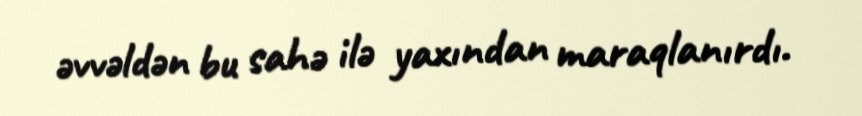
əvvəldən bu sahə ilə yaxından maraqlanırdı.